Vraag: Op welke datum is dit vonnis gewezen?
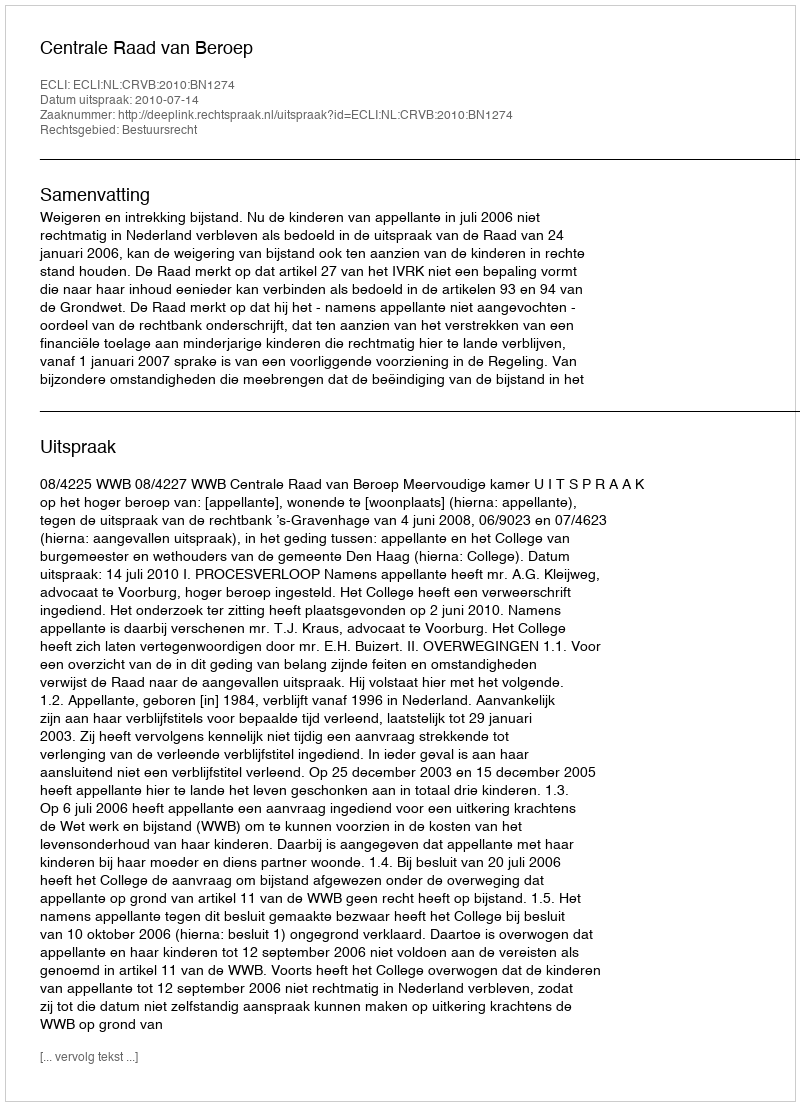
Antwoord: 2010-07-14